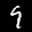
Label: 9